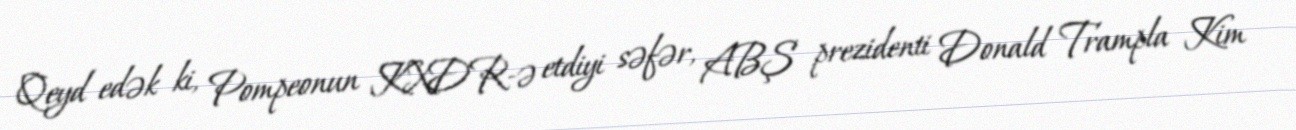
Qeyd edək ki, Pompeonun KXDR-ə etdiyi səfər, ABŞ prezidenti Donald Trampla Kim